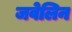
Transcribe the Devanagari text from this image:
जवेलिन